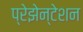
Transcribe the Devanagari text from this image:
प्रेझेन्टेशन